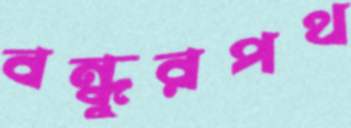
বন্ধুরপথ